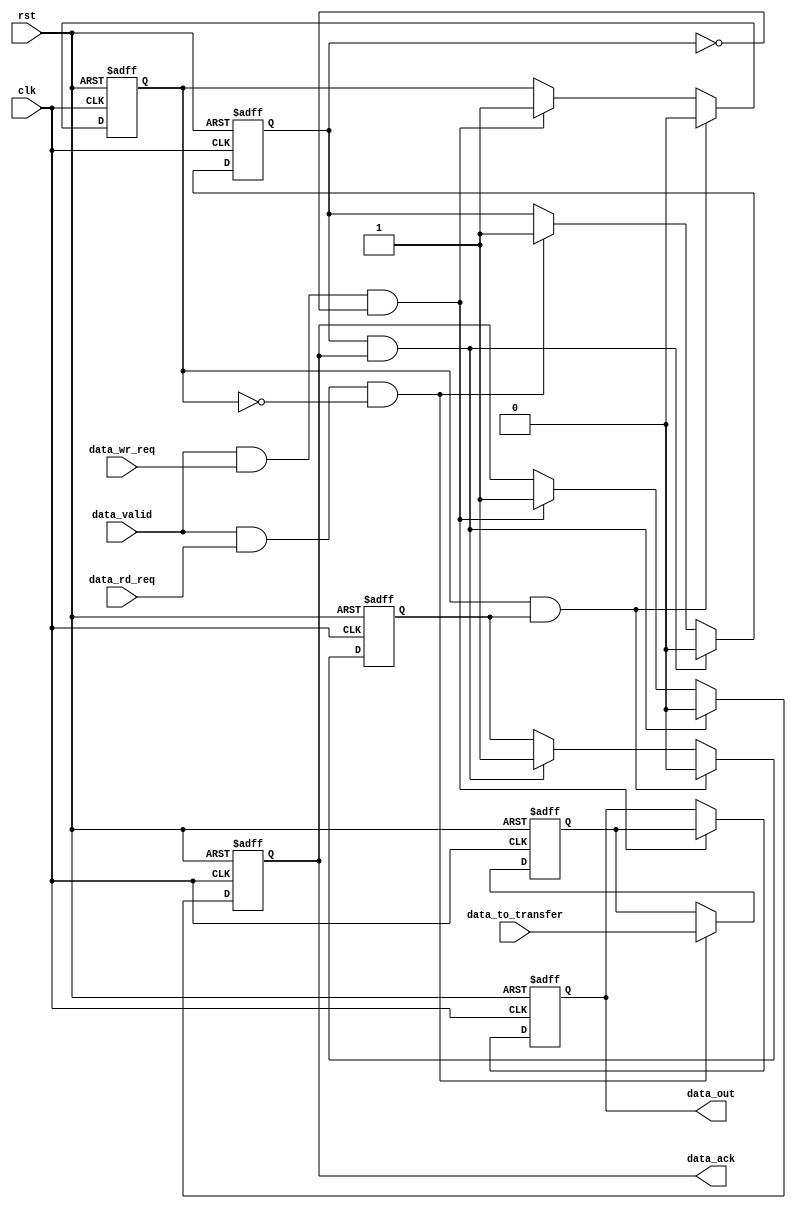
module timing_control_sync (
    input wire clk,                           // Clock signal input
    input wire rst,                           // Reset signal input
    input wire data_valid,                    // Data valid signal input
    input wire data_rd_req,                   // Data read request signal input
    input wire data_wr_req,                   // Data write request signal input
    input wire [31:0] data_to_transfer,       // Data to transfer input
    output reg [31:0] data_out,               // Data output
    output reg data_ack                       // Data acknowledge output
);

reg [31:0] data_buffer;                      // Data buffer for synchronization
reg data_ready;                              // Data ready signal for handshaking
reg data_reading;                            // Flag for data reading
reg data_writing;                            // Flag for data writing

always @(posedge clk or posedge rst) begin
    if (rst) begin
        // Reset all signals and buffers
        data_buffer <= 32'b0;
        data_ready <= 1'b0;
        data_out <= 32'b0;
        data_ack <= 1'b0;
        data_reading <= 1'b0;
        data_writing <= 1'b0;
    end else begin
        // Handle data reading
        if (data_valid && data_rd_req && !data_writing) begin
            data_buffer <= data_to_transfer;
            data_reading <= 1'b1;
        end

        // Handle data writing
        if (data_valid && data_wr_req && !data_reading) begin
            data_out <= data_buffer;
            data_ack <= 1'b1;
            data_writing <= 1'b1;
        end

        // Data handshaking
        if (data_reading && data_ack) begin
            data_ready <= 1'b1;
            data_ack <= 1'b0;
            data_reading <= 1'b0;
        end

        if (data_writing && data_ready) begin
            data_writing <= 1'b0;
            data_ready <= 1'b0;
        end
    end
end

endmodule